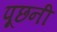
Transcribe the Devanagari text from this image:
पूछनी